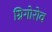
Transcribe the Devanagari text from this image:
ग्रिगोरोव